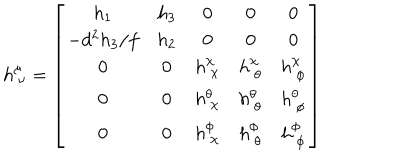
h _ { ~ \nu } ^ { \mu } = \left[ \begin{array} { c c c c c } { { h _ { 1 } } } & { { h _ { 3 } } } & { { 0 } } & { { 0 } } & { { 0 } } \\ { { - d ^ { 2 } h _ { 3 } / f } } & { { h _ { 2 } } } & { { 0 } } & { { 0 } } & { { 0 } } \\ { { 0 } } & { { 0 } } & { { h _ { ~ \chi } ^ { \chi } } } & { { h _ { ~ \theta } ^ { \chi } } } & { { h _ { ~ \phi } ^ { \chi } } } \\ { { 0 } } & { { 0 } } & { { h _ { ~ \chi } ^ { \theta } } } & { { h _ { ~ \theta } ^ { \theta } } } & { { h _ { ~ \phi } ^ { \theta } } } \\ { { 0 } } & { { 0 } } & { { h _ { ~ \chi } ^ { \phi } } } & { { h _ { ~ \theta } ^ { \phi } } } & { { h _ { ~ \phi } ^ { \phi } } } \\ \end{array} \right]